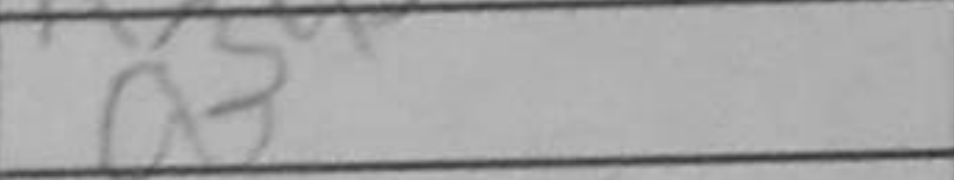
Transcription: a3